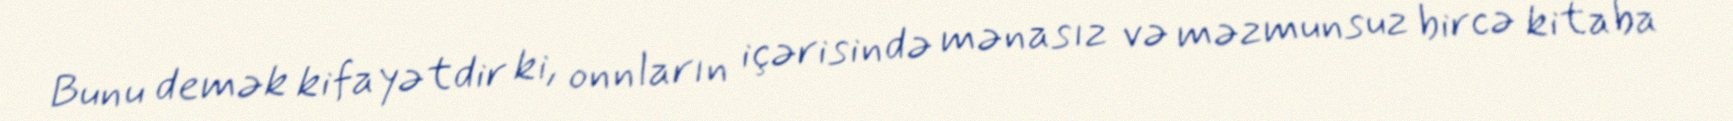
Bunu demək kifayətdir ki, onnların içərisində mənasız və məzmunsuz bircə kitaba